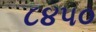
૮૪૫૦